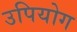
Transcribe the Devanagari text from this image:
उपियोग